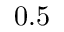
0 . 5